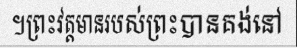
។ព្រះវត្តមានរបស់ព្រះបានគង់នៅ